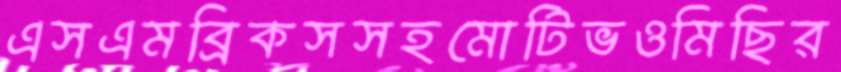
এসএমব্রিকসসহমোটিভওমিছির